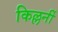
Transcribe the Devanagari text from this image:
किल्लर्नी